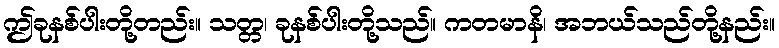
ဤခုနစ်ပါးတို့တည်း။ သတ္တ၊ ခုနစ်ပါးတို့သည်။ ကတမာနိ၊ အဘယ်သည်တို့နည်း။